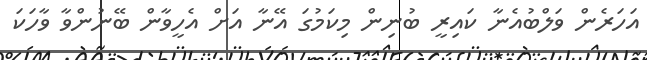
އަހަރެން ވަލްބުއެނާ ކައިރީ ބުނިން މިކަމުގަ އޭނާ އަށް އެހީވާން ބޭނުންވާ ވާހަކަ